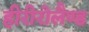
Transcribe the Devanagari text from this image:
हीरीरोलैण्ड